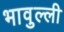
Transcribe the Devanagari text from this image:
भावुल्ली